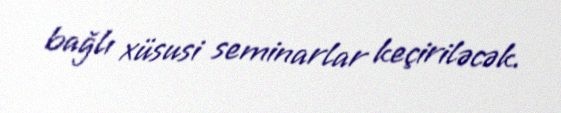
bağlı xüsusi seminarlar keçiriləcək.